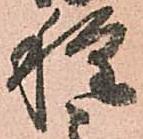
種